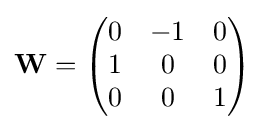
\mathbf {W} ={\begin{pmatrix}0&-1&0\\1&0&0\\0&0&1\end{pmatrix}}